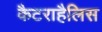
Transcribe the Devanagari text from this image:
कैटराहैलिस